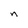
Character: n